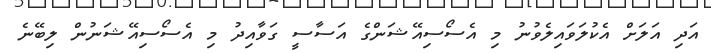
އަދި އަލަށް އެކުލަވައިލެވުނު މި އެސޯސިއޭޝަންގެ އަސާސީ ގަވާއިދު މި އެސޯސިއޭޝަނުން ލިބޭނެ